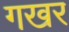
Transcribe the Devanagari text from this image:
गखर